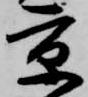
京